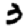
Digit: 3